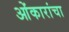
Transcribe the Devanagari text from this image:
ओंकारांचा